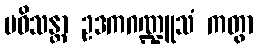
ပဝိသန္တာ ဥဒကဂဏ္ဍူသံ ကတွာ